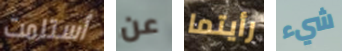
أستلمت عن رأيتما شيء